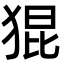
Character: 猑